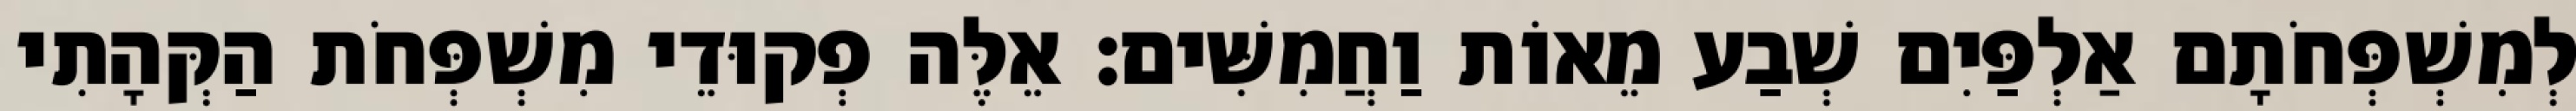
לְמִשְׁפְּחֹתָם אַלְפַּיִם שְׁבַע מֵאוֹת וַחֲמִשִּׁים׃ אֵלֶּה פְקוּדֵי מִשְׁפְּחֹת הַקְּהָתִי